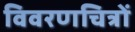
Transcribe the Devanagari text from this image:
विवरणचित्रों